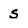
Character: s